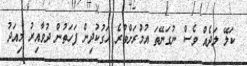
ކަލޭ ލަދެއް ވެސް ނުގަނޭތަ އުމުރަށްވުރެ ހަގުކުދިން ފަހަތުން ދުވާއިރު މިއަދު